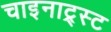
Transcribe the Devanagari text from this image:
चाइनाट्र्स्ट